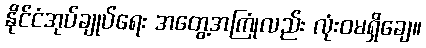
နိုင်ငံအုပ်ချုပ်ရေး အတွေ့အကြုံလည်း လုံးဝမရှိချေ။